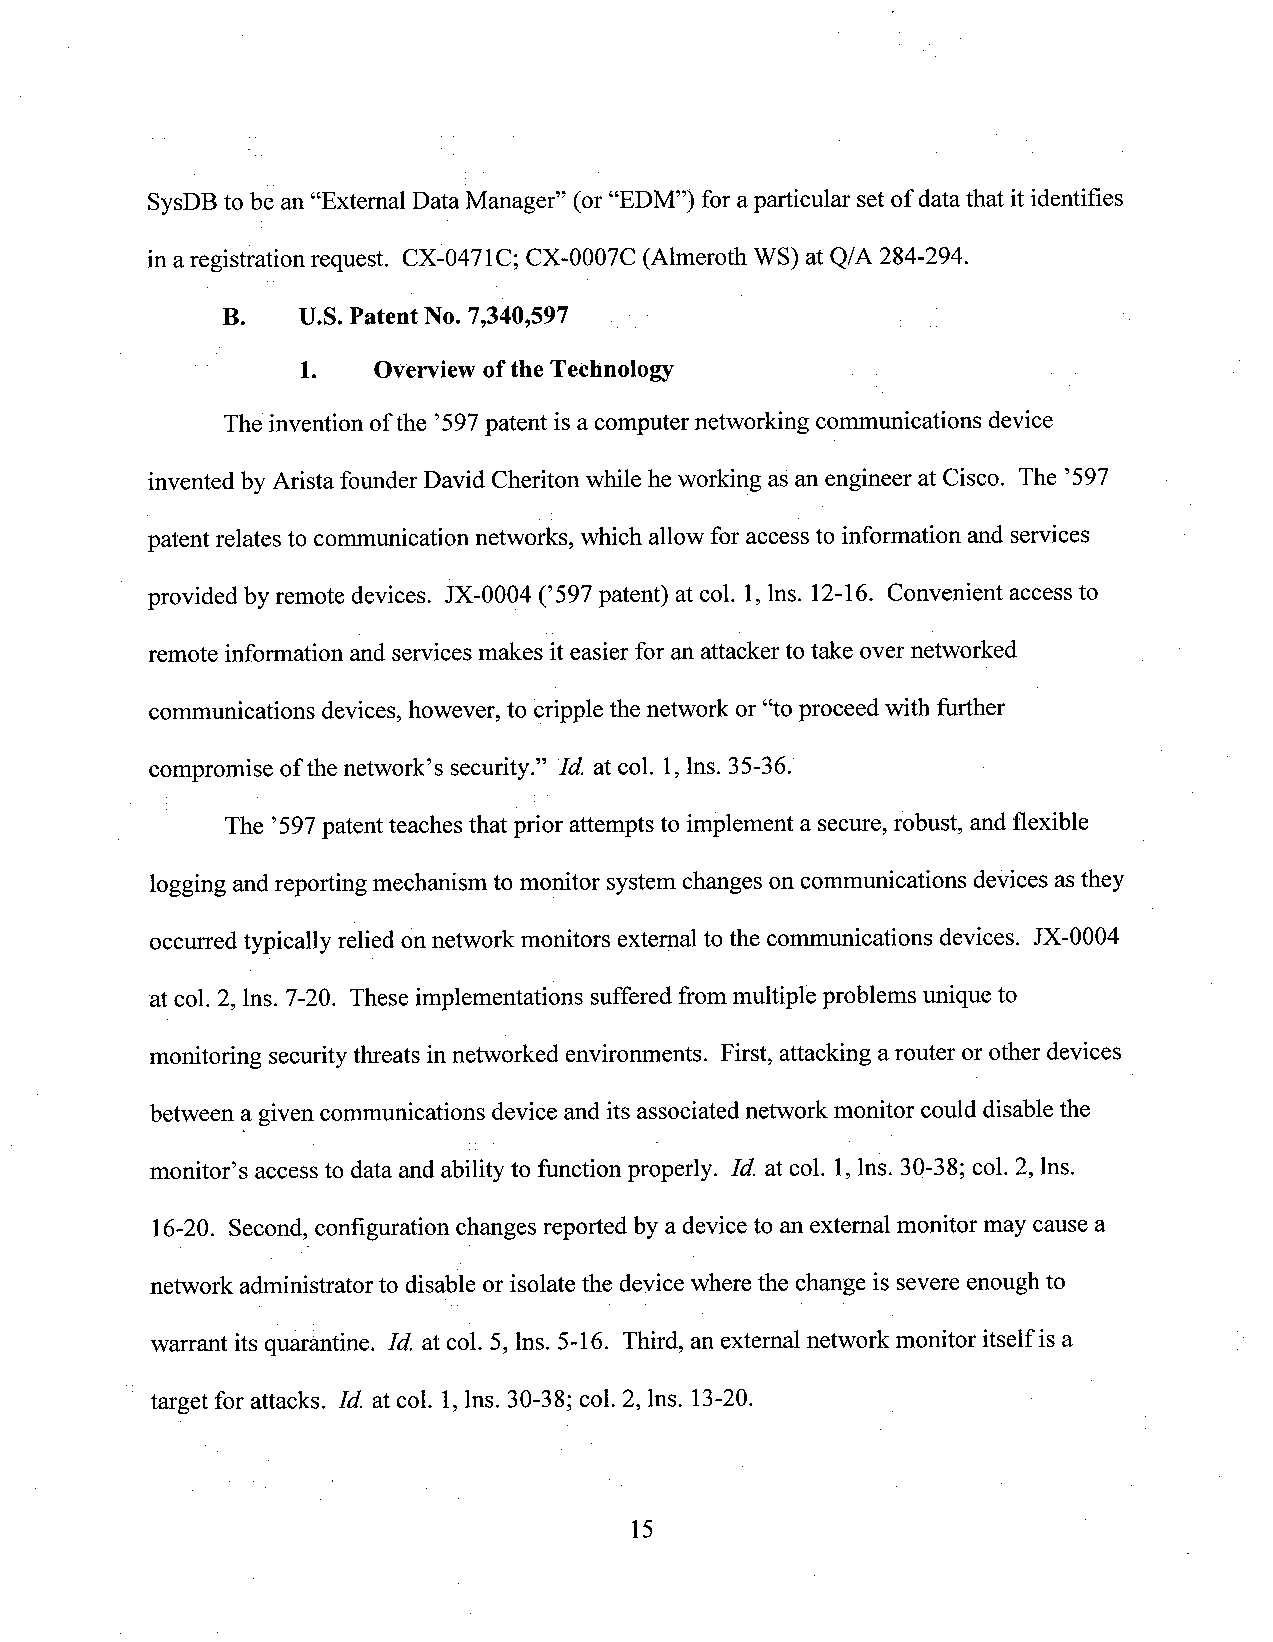
SysDBto be an “Extemal Data Manager” (or“EDM”) for aparticular setof datathat itidentifies
 in aregistration request. CX-0471C; CX-0007C (Almeroth WS) at Q/A 284-294.
 B.   U.S. Patent No. 7,340,597
 1.   Overview of the Technology                   .
 The invention ofthe ’597patent is a computer networking communications device
 invented by Arista founder David Cheriton while he working as an engineer at Cisco. The ’597
 patent relates to communication networks, which allow foraccess to information and services
 provided by remote devices. lX-0004 (’597 patent) atcol. 1,lns. 12-16. Convenient access to
 remote information andservicesmakes iteasier for an attackerto take over networked
 communications devices,however, to cripple the network or“toproceed with further
 compromise ofthe network’s security.” Id at col. 1,lns. 35-36.
 The ’597patent teaches that prior attempts to implement a secure,robust, and flexible
 logging and reporting mechanism to monitor system changes on communications devices asthey
 occurred typically reliedon network monitors external to the communications devices. JX-0004
 at col. 2, lns. 7-20. These implementations suffered from multiple problems unique to
 monitoring securitythreats in networked environments. First, attacking a router orother devices
 between a given communications device and its associated network monitor could disable the
 monitor’s access to data and ability to function properly. Id. at col. 1,lns. 30-38; col. 2, lns.
 16-20. Second, configuration changes reported by a deviceto an extemal monitor may cause a
 network administrator to disable or isolate the device where the change is severe enough to
 warrant its quarantine. Id. at col. 5, lns. 5-16. Third, an external network monitor itself is a
 target for attacks. Id. at col. 1,lns. 30-38; col. 2, lns. 13-20.
 15